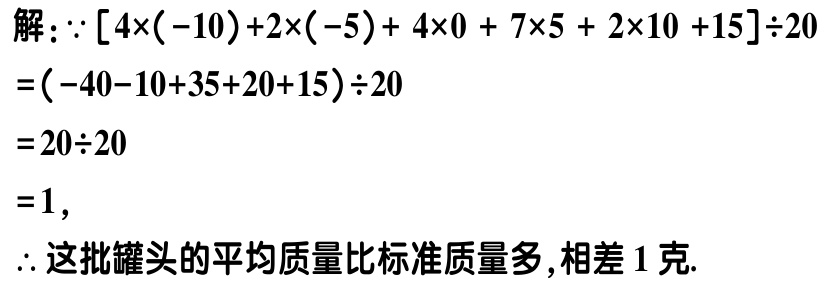
解：\(\because [4\times(-10)+2\times(-5)+ 4\times0 + 7\times5 + 2\times10 +15]\div20\)

\(=(-40 - 10 + 35 + 20 + 15)\div20\)

\(=20\div20\)

\(=1\)，

\(\therefore\) 这批罐头的平均质量比标准质量多,相差 \(1\) 克.